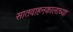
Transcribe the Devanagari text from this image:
सातवाहनकालाच्या